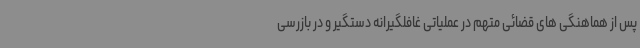
پس از هماهنگی های قضائی متهم در عملیاتی غافلگیرانه دستگیر و در بازرسی